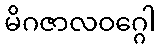
မိဂဇာလဝဂ္ဂေါ